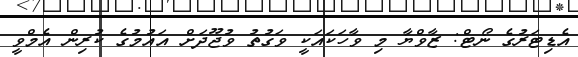
އެޑިޓަރުގެ ނޯޓް: ޒާވްޔާ މި ވާހަކައަކީ ވަގުތު ވުޖޫދަށް އައުމުގެ ކުރިން އެމްވީ